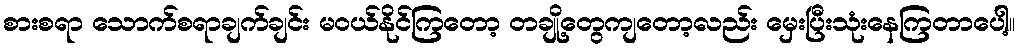
စားစရာ သောက်စရာချက်ချင်း မဝယ်နိုင်ကြတော့ တချို့တွေကျတော့လည်း မှေးပြီးသုံးနေကြတာပေါ့။